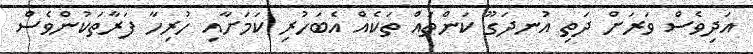
އަދިވެސް ވަރަށް ދަތި އުނދަގޫ ކަންތައް ތަކެއް އެބަހުރި ކަމަށާއި ހުރިހާ ފަރާތަކުންވެސް